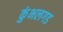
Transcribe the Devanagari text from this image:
कुंभलगड